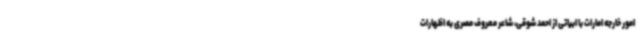
امور خارجه امارات با ابیاتی از احمد شوقی، شاعر معروف مصری به اظهارات